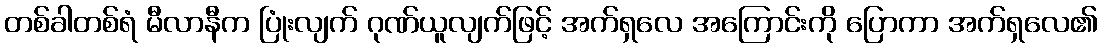
တစ်ခါတစ်ရံ မီလာနီက ပြုံးလျက် ဂုဏ်ယူလျက်ဖြင့် အက်ရှလေ အကြောင်းကို ပြောကာ အက်ရှလေ၏